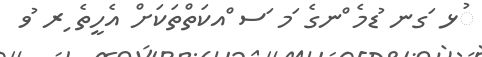
ުޅ ަގނ ުޑމެ ްނގެ ަމ ަސ ްއކަތްތަކަށް އެހީތެ ިރ ުވ